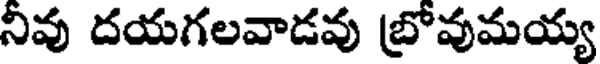
నివు దయగలవాడవు బ్రోవుమయ్య